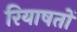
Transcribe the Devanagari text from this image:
रियाषतों